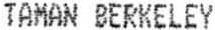
TAMAN BERKELEY